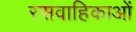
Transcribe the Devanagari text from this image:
रसवाहिकाओं